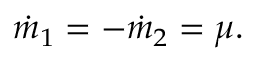
\dot { m } _ { 1 } = - \dot { m } _ { 2 } = \mu .